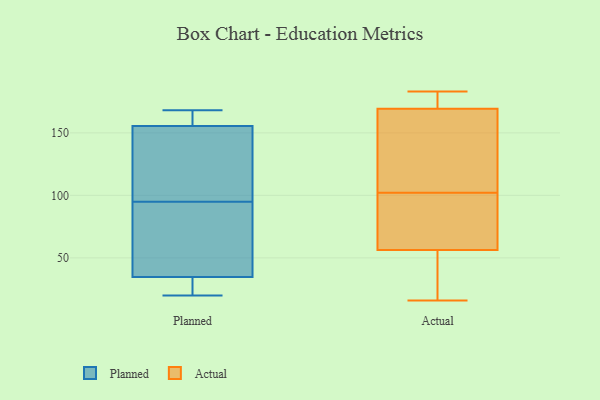
{"axis": {"x": "LTV (USD)", "y": "Value"}, "legend": ["Actual", "Planned"], "data": [{"x": "", "y": 138, "type": "Planned"}, {"x": "", "y": 29, "type": "Planned"}, {"x": "", "y": 146, "type": "Planned"}, {"x": "", "y": 34, "type": "Planned"}, {"x": "", "y": 154, "type": "Planned"}, {"x": "", "y": 70, "type": "Planned"}, {"x": "", "y": 168, "type": "Planned"}, {"x": "", "y": 168, "type": "Planned"}, {"x": "", "y": 35, "type": "Planned"}, {"x": "", "y": 160, "type": "Planned"}, {"x": "", "y": 95, "type": "Planned"}, {"x": "", "y": 20, "type": "Planned"}, {"x": "", "y": 95, "type": "Planned"}, {"x": "", "y": 179, "type": "Actual"}, {"x": "", "y": 79, "type": "Actual"}, {"x": "", "y": 170, "type": "Actual"}, {"x": "", "y": 183, "type": "Actual"}, {"x": "", "y": 139, "type": "Actual"}, {"x": "", "y": 16, "type": "Actual"}, {"x": "", "y": 167, "type": "Actual"}, {"x": "", "y": 176, "type": "Actual"}, {"x": "", "y": 102, "type": "Actual"}, {"x": "", "y": 158, "type": "Actual"}, {"x": "", "y": 59, "type": "Actual"}, {"x": "", "y": 57, "type": "Actual"}, {"x": "", "y": 53, "type": "Actual"}, {"x": "", "y": 48, "type": "Actual"}, {"x": "", "y": 56, "type": "Actual"}]}